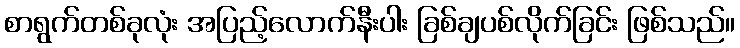
စာရွက်တစ်ခုလုံး အပြည့်လောက်နီးပါး ခြစ်ချပစ်လိုက်ခြင်း ဖြစ်သည်။